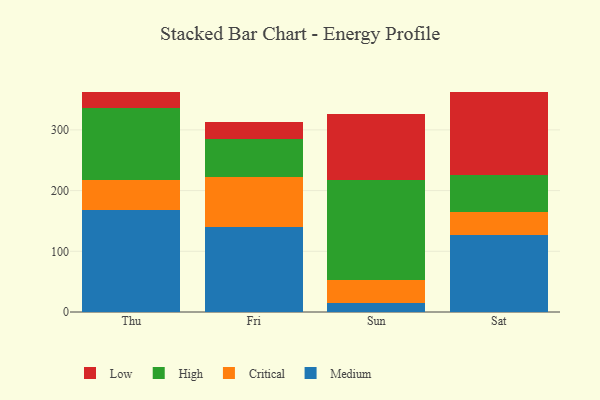
{"axis": {"x": "Day", "y": "Active Users"}, "legend": ["Critical", "High", "Low", "Medium"], "data": [{"x": "Thu", "y": 168.3, "type": "Medium"}, {"x": "Thu", "y": 49.7, "type": "Critical"}, {"x": "Thu", "y": 118.2, "type": "High"}, {"x": "Thu", "y": 25.9, "type": "Low"}, {"x": "Fri", "y": 139.5, "type": "Medium"}, {"x": "Fri", "y": 82.8, "type": "Critical"}, {"x": "Fri", "y": 63.3, "type": "High"}, {"x": "Fri", "y": 26.8, "type": "Low"}, {"x": "Sun", "y": 14.2, "type": "Medium"}, {"x": "Sun", "y": 38.5, "type": "Critical"}, {"x": "Sun", "y": 165.1, "type": "High"}, {"x": "Sun", "y": 108.7, "type": "Low"}, {"x": "Sat", "y": 126.8, "type": "Medium"}, {"x": "Sat", "y": 37.9, "type": "Critical"}, {"x": "Sat", "y": 61.0, "type": "High"}, {"x": "Sat", "y": 137.4, "type": "Low"}]}